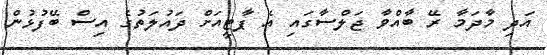
އަދި މާދަމާ ރޭ ބާއްވާ ޖަލްސާގައި އެ ޕާޓީއަށް ދައުލަތުގެ އިސް ބޭފުޅުން